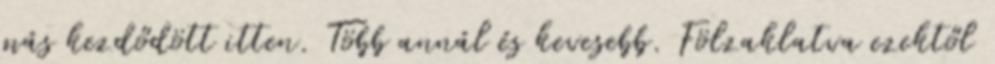
más kezdődött itten. Több annál és kevesebb. Fölzaklatva ezektől